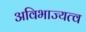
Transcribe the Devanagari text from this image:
अविभाज्यत्व